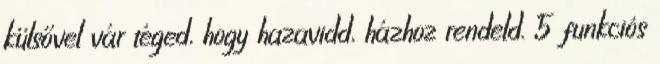
külsővel vár téged, hogy hazavidd, házhoz rendeld. 5 funkciós